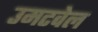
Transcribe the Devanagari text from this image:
उमटवेल